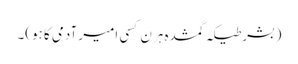
(بشرطیکہ گمشدہ ہرن کسی امیر آدمی کا ہو)۔